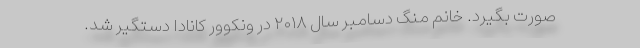
صورت بگیرد. خانم منگ دسامبر سال ۲۰۱۸ در ونکوور کانادا دستگیر شد.